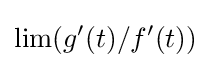
\lim(g'(t)/f'(t))